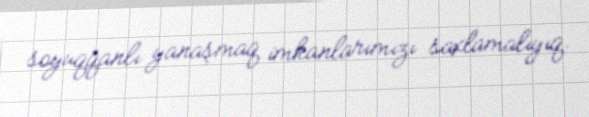
soyuqqanlı yanaşmaq imkanlarımızı saxlamalıyıq.